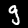
Digit: 9